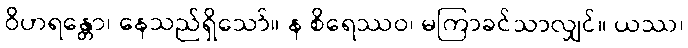
ဝိဟရန္တော၊ နေသည်ရှိသော်။ န စိရေဿဝ၊ မကြာခင်သာလျှင်။ ယဿ၊